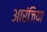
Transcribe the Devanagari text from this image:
आरंजिया